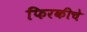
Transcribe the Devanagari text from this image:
फिरकीचे